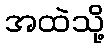
အထဲသို့